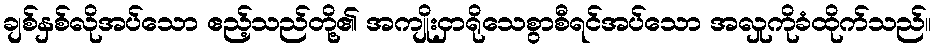
ချစ်နှစ်လိုအပ်သော ဧည့်သည်တို့၏ အကျိုးငှာရိုသေစွာစီရင်အပ်သော အလှုကိုခံထိုက်သည်။